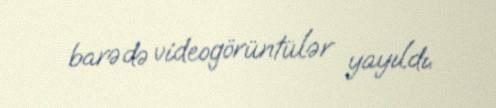
barədə videogörüntülər yayıldı.